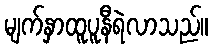
မျက်နှာထူပူနီရဲလာသည်။